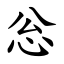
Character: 忩